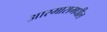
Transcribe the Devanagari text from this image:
आरमारामधील